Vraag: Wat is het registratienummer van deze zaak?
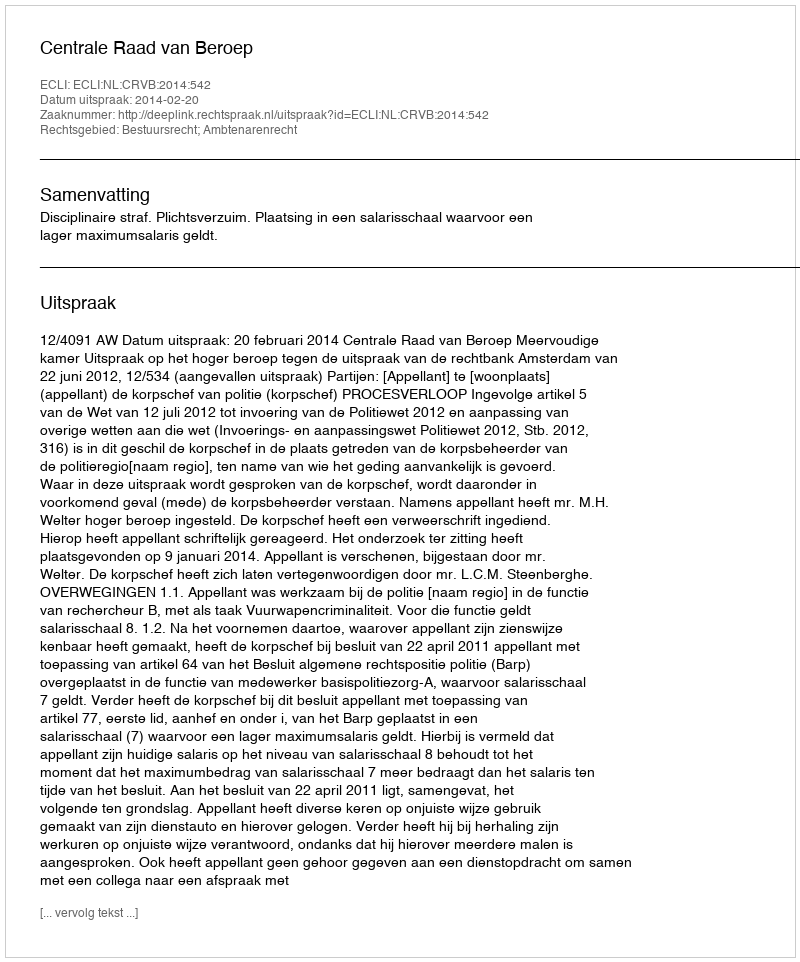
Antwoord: http://deeplink.rechtspraak.nl/uitspraak?id=ECLI:NL:CRVB:2014:542